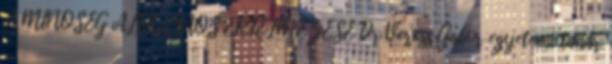
A MINŐSÉG ÁLTALÁNOS ÉRTELMEZÉSE Dr Veress Gábor egyetemi tanár